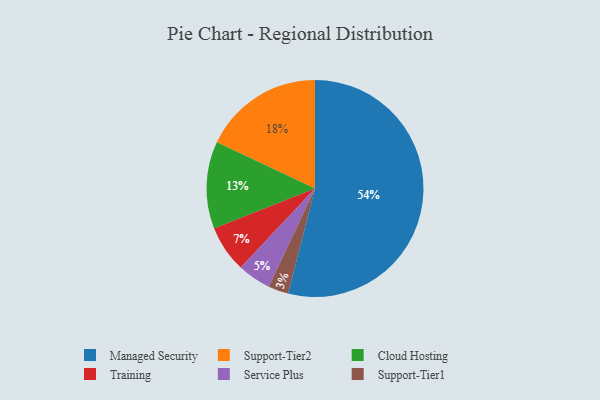
{"axis": {"x": "Category", "y": "Percentage"}, "legend": ["Cloud Hosting", "Managed Security", "Service Plus", "Support-Tier1", "Support-Tier2", "Training"], "data": [{"x": "Support-Tier2", "y": 18, "type": "Support-Tier2"}, {"x": "Support-Tier1", "y": 3, "type": "Support-Tier1"}, {"x": "Training", "y": 7, "type": "Training"}, {"x": "Service Plus", "y": 5, "type": "Service Plus"}, {"x": "Managed Security", "y": 54, "type": "Managed Security"}, {"x": "Cloud Hosting", "y": 13, "type": "Cloud Hosting"}]}